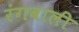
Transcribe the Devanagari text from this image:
रंगवाली